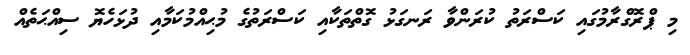
މި ޕްރޮގްރާމުގައި ކަސްރަތު ކުރަންވާ ރަނގަޅު ގޮތްތަކާއި ކަސްރަތުގެ މުޙިއްމުކަމާއި ދުޅަހެޔޮ ސިއްޙަތެއް